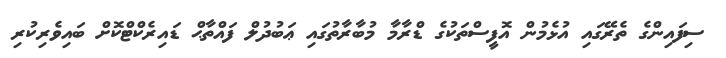
ސިފައިންގެ ތެރޭގައި އުޅެމުން އޮފީސްތަކުގެ ޑްރާމާ މުބާރާތުގައި ޢަބުދުލް ފައްތާޙް ޑައިރެކްޓްކޮށް ބައިވެރިކުރި